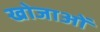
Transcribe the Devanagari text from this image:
खोजाओं